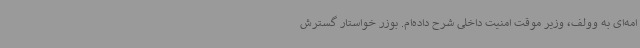
امه‌ای به وولف، وزیر موقت امنیت داخلی شرح داده‌ام. بوزر خواستار گسترش